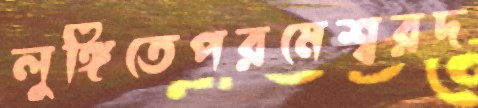
লুঙ্গিতেপরমেশ্বরদ